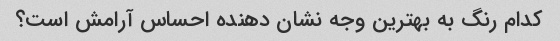
کدام رنگ به بهترین وجه نشان دهنده احساس آرامش است؟